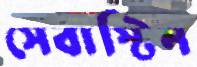
সেবাস্টিন